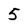
Character: 5